Annual report on the Civil Veterinary Department, Burma (including the Insein Veterinary School) - 1923-1931
Year: 1923
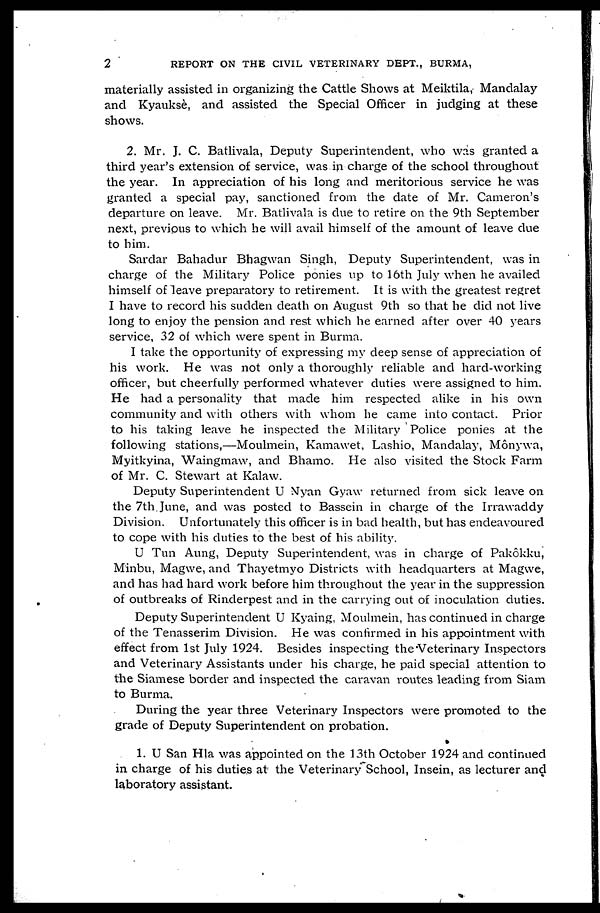
2
REPORT ON THE CIVIL VETERINARY DEPT., BURMA,
materially assisted in organizing the Cattle Shows at Meiktila, Mandalay
and Kyauksè, and assisted the Special Officer in judging at these
shows.
2. Mr. J. C. Batlivala, Deputy Superintendent, who was granted a
third year's extension of service, was in charge of the school throughout
the year. In appreciation of his long and meritorious service he was
granted a special pay, sanctioned from the date of Mr. Cameron's
departure on leave. Mr. Batlivala is due to retire on the 9th September
next, previous to which he will avail himself of the amount of leave due
to him.
Sardar Bahadur Bhagwan Singh, Deputy Superintendent, was in
charge of the Military Police ponies up to 16th July when he availed
himself of leave preparatory to retirement. It is with the greatest regret
I have to record his sudden death on August 9th so that he did not live
long to enjoy the pension and rest which he earned after over 40 years
service, 32 of which were spent in Burma.
I take the opportunity of expressing my deep sense of appreciation of
his work. He was not only a thoroughly reliable and hard-working
officer, but cheerfully performed whatever duties were assigned to him.
He had a personality that made him respected alike in his own
community and with others with whom he came into contact. Prior
to his taking leave he inspected the Military Police ponies at the
following stations,—Moulmein, Kamawet, Lashio, Mandalay, Mônywa,
Myitkyina, Waingmaw, and Bhamo. He also visited the Stock Farm
of Mr. C. Stewart at Kalaw.
Deputy Superintendent U Nyan Gyaw returned from sick leave on
the 7th. June, and was posted to Bassein in charge of the Irrawaddy
Division. Unfortunately this officer is in bad health, but has endeavoured
to cope with his duties to the best of his ability.
U Tun Aung, Deputy Superintendent, was in charge of Pakôkku,
Minbu, Magwe, and Thayetmyo Districts with headquarters at Magwe,
and has had hard work before him throughout the year in the suppression
of outbreaks of Rinderpest and in the carrying out of inoculation duties.
Deputy Superintendent U Kyaing, Moulmein, has continued in charge
of the Tenasserim Division. He was confirmed in his appointment with
effect from 1st July 1924. Besides inspecting the Veterinary Inspectors
and Veterinary Assistants under his charge, he paid special attention to
the Siamese border and inspected the caravan routes leading from Siam
to Burma.
During the year three Veterinary Inspectors were promoted to the
grade of Deputy Superintendent on probation.
1. U San Hla was appointed on the 13th October 1924 and continued
in charge of his duties at the Veterinary School, Insein, as lecturer and
laboratory assistant.